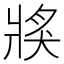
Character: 𤟌